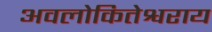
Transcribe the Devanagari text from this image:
अवलोकितेश्वराय